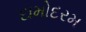
દામોદરમ